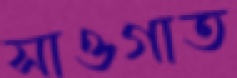
সাওগাত